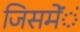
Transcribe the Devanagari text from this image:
जिसमेंंं